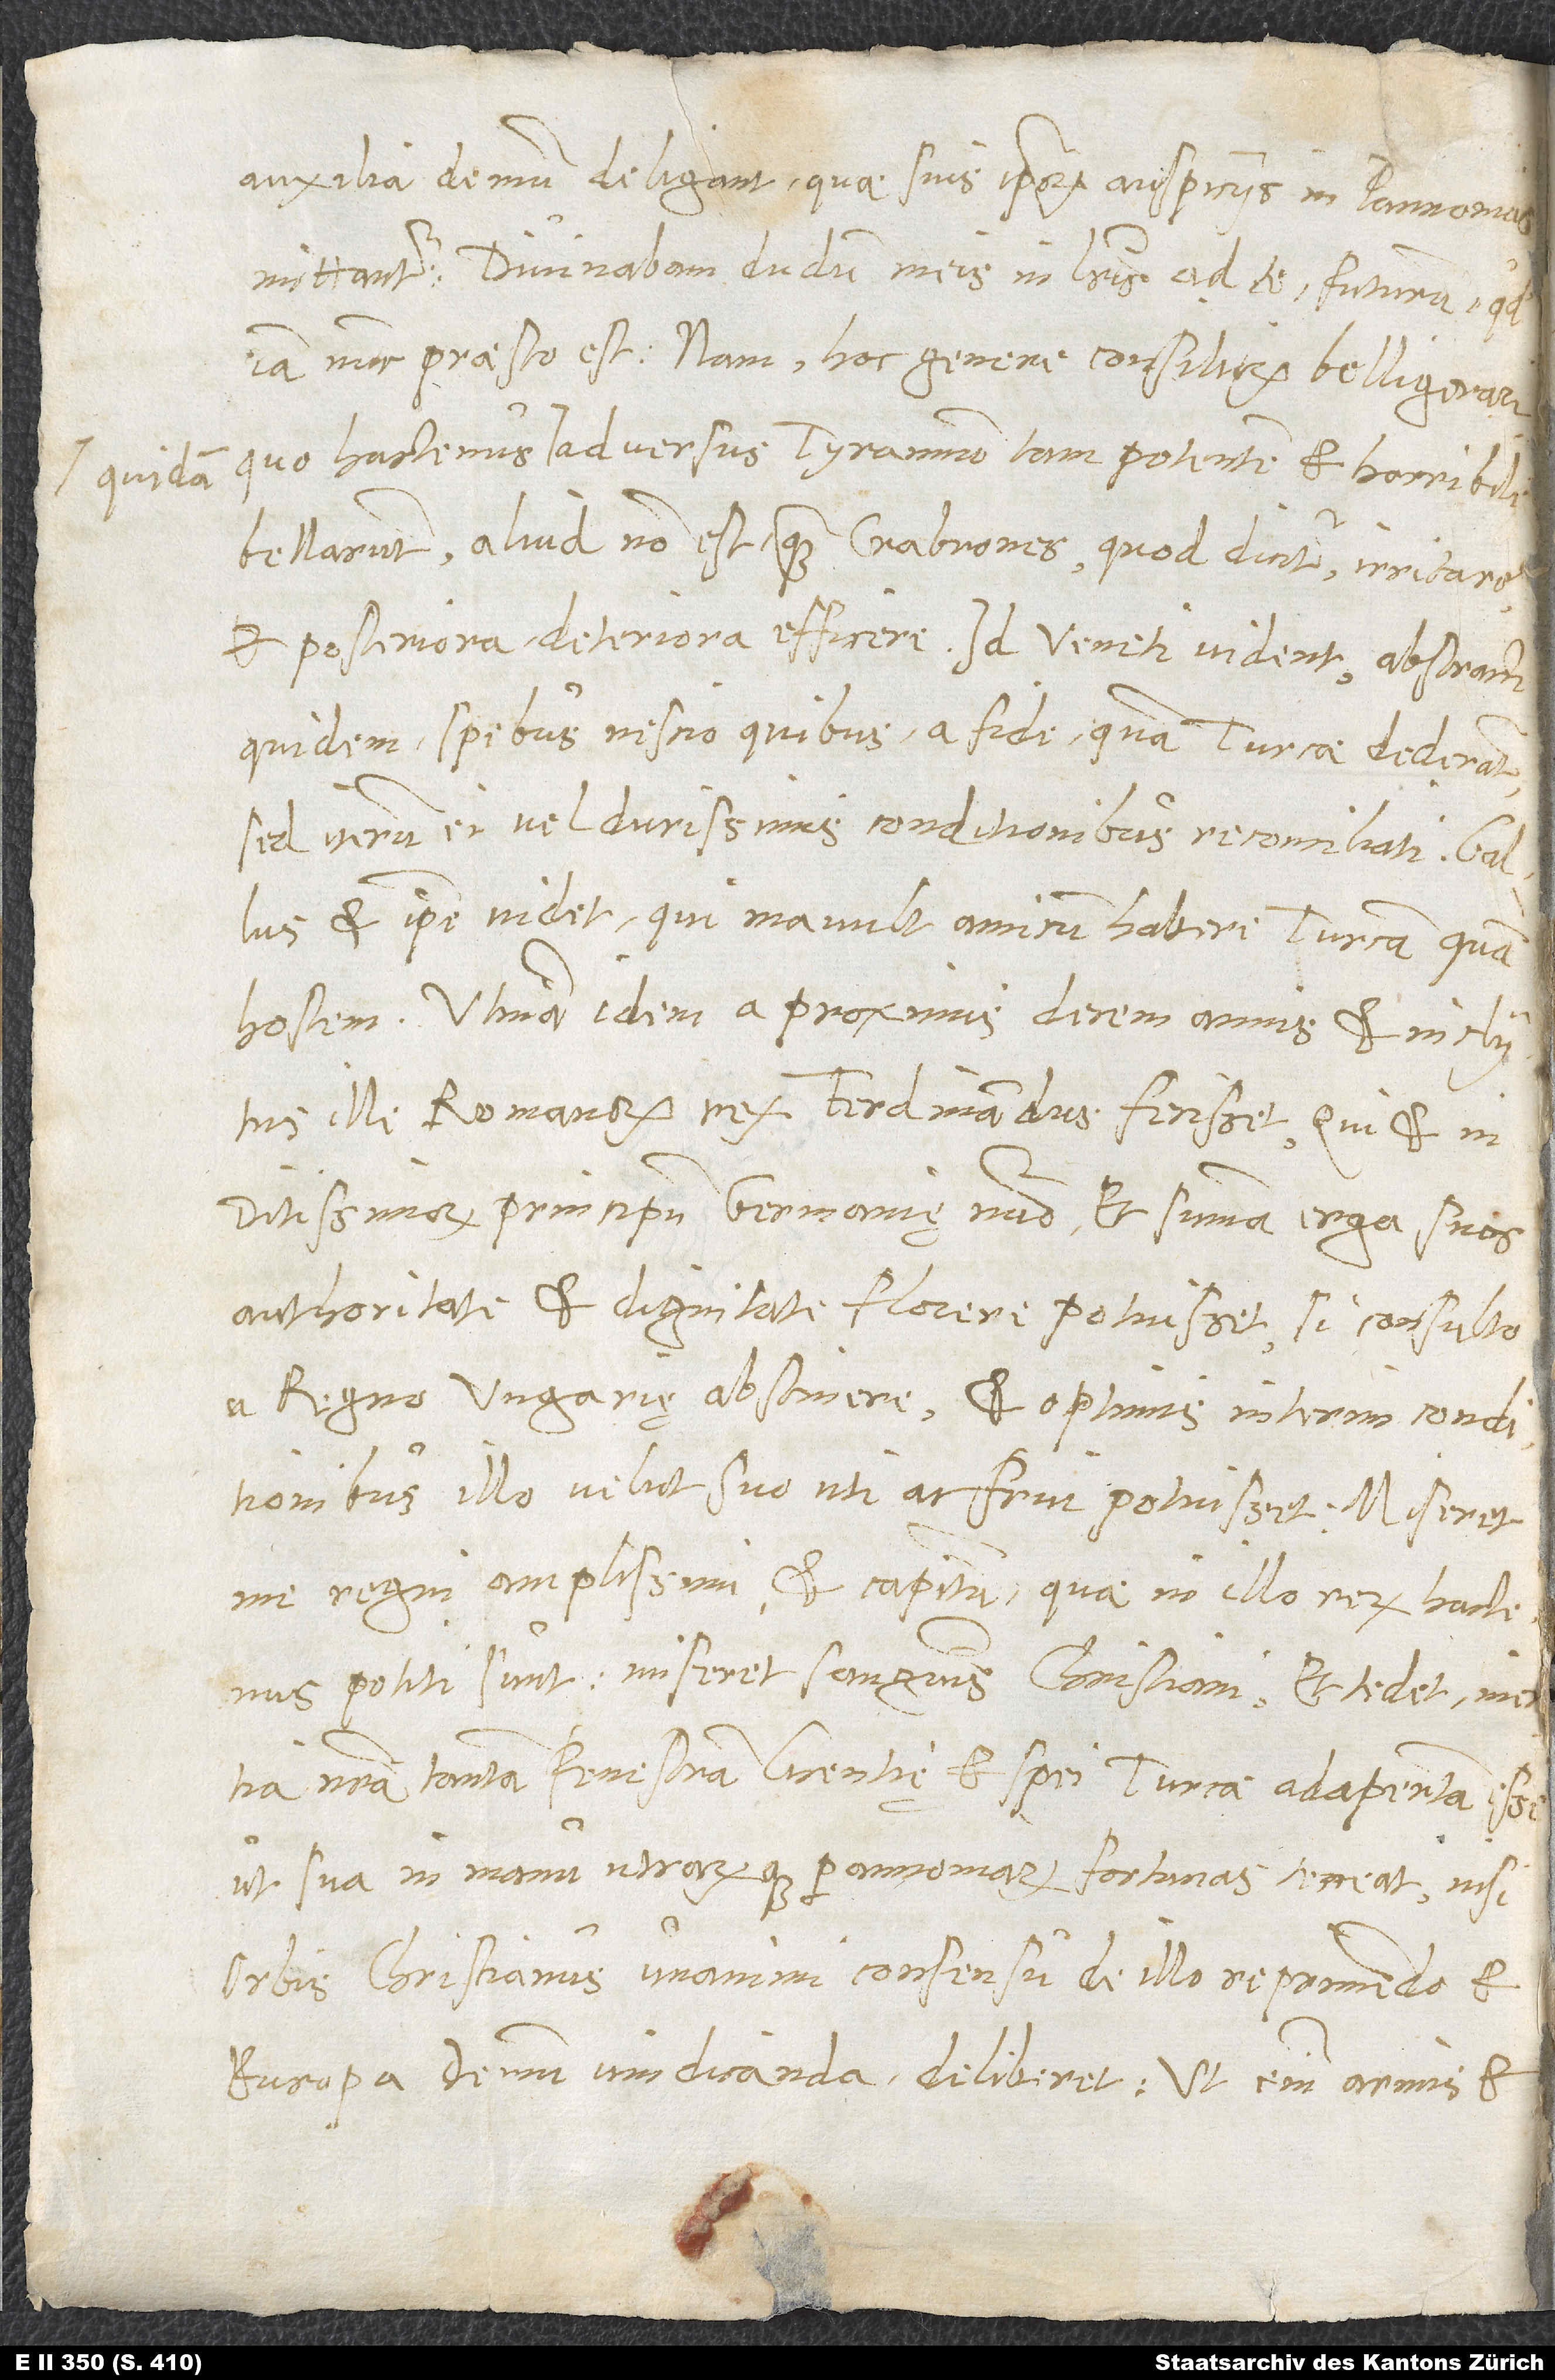
quidem

auxilia demum deligant, quae suis ipsorum auspiciis in Pannonias
mittantur. Divinabam dudum meis in literis ad te, futurum, quod
iam nunc praesto est; nam hoc genere consiliorum belligerari,
quo hactenus quidam adversus tyrannum tam potentem et horribilem
bellarunt, aliud non est, quam crabrones, quod dicitur, irritare
et posteriora deteriora efficere. Id Veneti vident, abstracti
quidem spebus nescio quibus a fide, quam Turcae dederant,
sed iterum ei vel durissimis conditionibus reconciliati. Gallus
et ipse videt, qui mavult amicum habere Turcam quam
hostem. Utinam idem a proximis decem annis et inclitus
ille Romanorum rex Ferdinandus fecisset, qui et in
ditissimorum principum Germaniȩ nomine et summa erga suos
auctoritate et dignitate florere potuisset, si consulto
a regno Ungarię abstinere et optimis interim conditionibus
illo velut suo uti ac frui potuisset. Miseret
me regni amplissimi et capitum, quae in illo rerum hactenus
potiti sunt, miseret sanguinis Christiani et taedet, inertia
nostra tantam fenestram licentię et spei Turcae adapertam esse,
ut sua in manu utrarumque Pannoniarum fortunas teneat, nisi
orbis Christianus unanimi consensu de illo reprimendo et
Europa demum vindicanda deliberet. Ut enim armis et